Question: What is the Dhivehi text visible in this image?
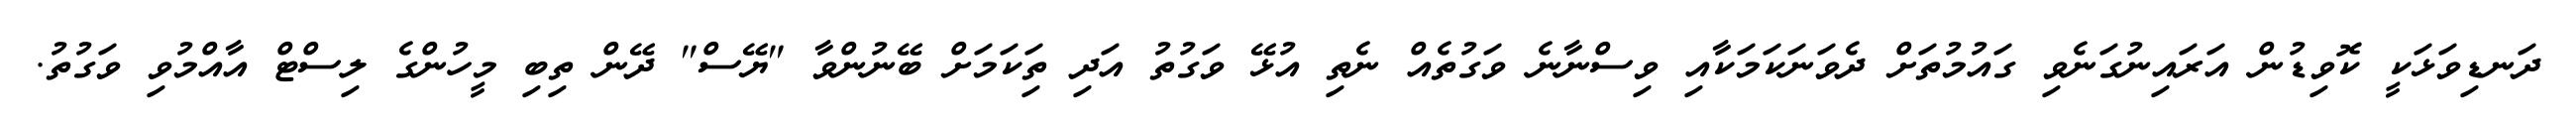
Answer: ދަނޑިވަޅަކީ ކޮވިޑުން އަރައިނުގަނެވި ގައުމުތަށް ދެވަނަކަމަކާއި ވިސްނާނެ ވަގުތެއް ނެތި އުޅޭ ވަގުތު އަދި ތިަކަމަށް ބޭނުންވާ "ޔޭސް" ދޭން ތިބި މީހުންގެ ލިސްޓް އާއްމުވި ވަގުތު.